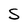
Character: S